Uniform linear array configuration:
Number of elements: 4
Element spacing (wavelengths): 0.5
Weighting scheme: uniform
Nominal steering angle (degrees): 0
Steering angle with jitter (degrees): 0.3877
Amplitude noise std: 0.05
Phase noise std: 0.05

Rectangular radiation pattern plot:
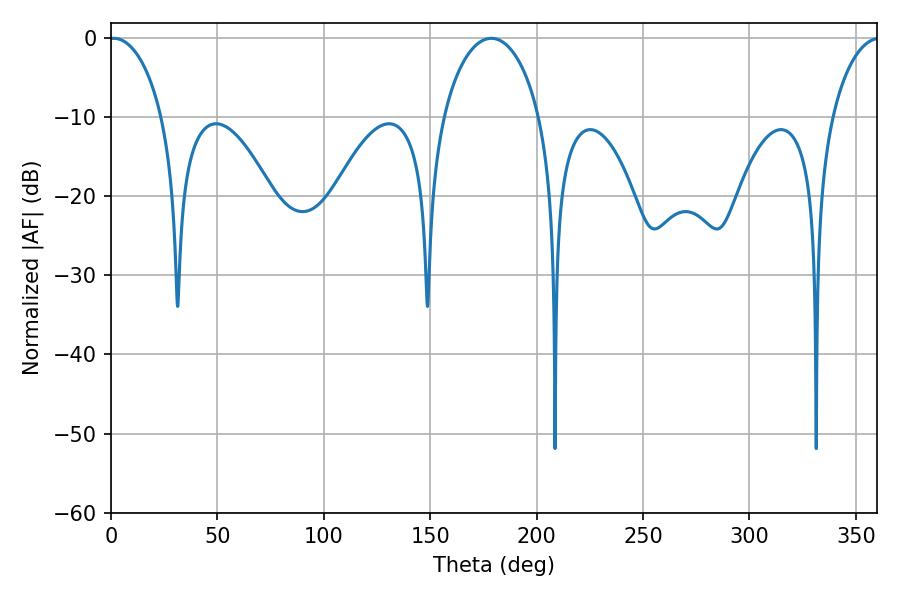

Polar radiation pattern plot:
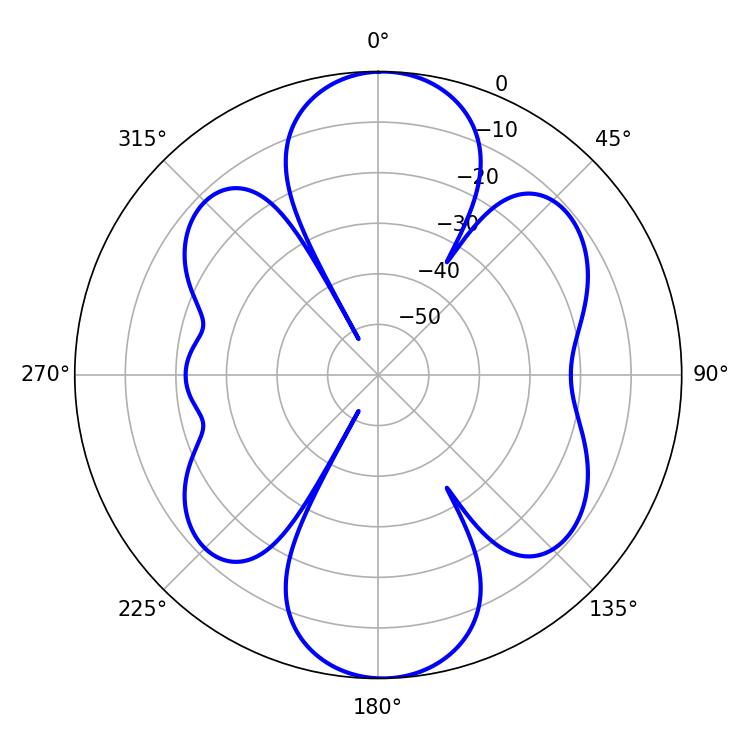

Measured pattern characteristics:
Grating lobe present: FALSE
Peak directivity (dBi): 16.995
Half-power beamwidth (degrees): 26.1
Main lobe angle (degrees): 178.74